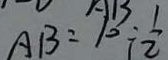
A B = 1 0 \div \frac { 1 } { 2 }